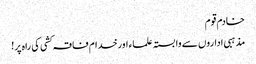
خادم قوم
مذہبی اداروں سے وابستہ علماء اورخدام فاقہ کشی کی راہ پر!